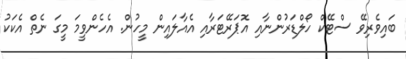
ބައިވެރިވޭ ސްޓޭކް ހޯލްޑަރުންނާއި އޮޕަރޭޓަރާއި އެއާލައިން މީހުން. އެހެންވީމަ މީގަ ނެތް އެކަކު